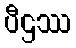
ပီဌဿ